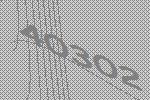
40302